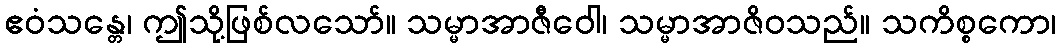
ဧဝံသန္တေ၊ ဤသို့ဖြစ်လသော်။ သမ္မာအာဇီဝေါ၊ သမ္မာအာဇိဝသည်။ သကိစ္စကော၊